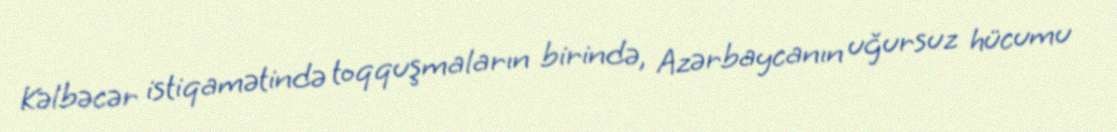
Kəlbəcər istiqamətində toqquşmaların birində, Azərbaycanın uğursuz hücumu